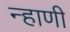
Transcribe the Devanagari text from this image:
न्हाणी